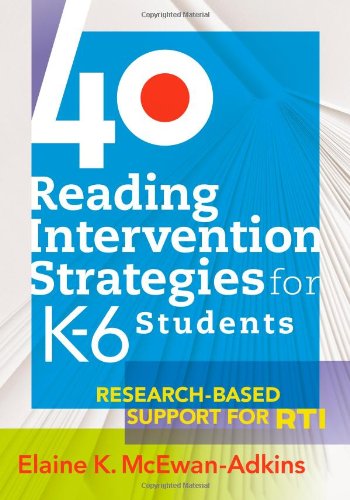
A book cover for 40 Reading Intervention Strategies for K-6 Students: Research-Based Support for RTI; Elaine K. McEwan-Adkins; Education & Teaching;